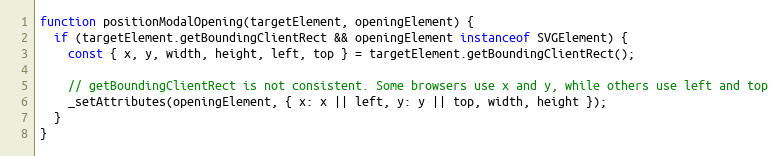
Language: JavaScript
function positionModalOpening(targetElement, openingElement) {
  if (targetElement.getBoundingClientRect && openingElement instanceof SVGElement) {
    const { x, y, width, height, left, top } = targetElement.getBoundingClientRect();

    // getBoundingClientRect is not consistent. Some browsers use x and y, while others use left and top
    _setAttributes(openingElement, { x: x || left, y: y || top, width, height });
  }
}